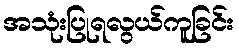
အသုံးပြုရလွယ်ကူခြင်း